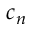
c _ { n }